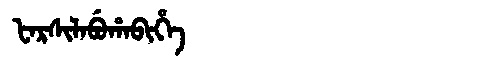
Manchu: ᡶᠠᡵᠰᡳᠯᠠᠪᡠᡥᠠᠪᡳᡥᡝ
Romanization: FARSILABUHABIHE